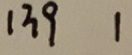
1 3 9 1